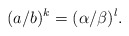
\begin{align*} (a/b)^k=(\alpha/\beta)^l.\end{align*}